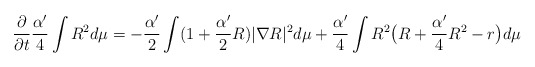
\begin{align*}\frac{\partial}{\partial t}\frac{\alpha'}{4}\int R^2d\mu=-\frac{\alpha'}{2}\int(1+\frac{\alpha'}{2}R)|\nabla R|^2d\mu+\frac{\alpha'}{4}\int R^2\big(R+\frac{\alpha'}{4}R^2-r\big)d\mu\end{align*}